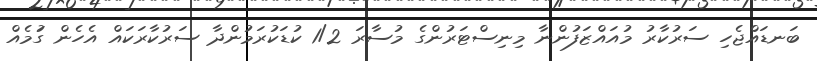
ބަނޑައްޖެހި ސަރުކާރު މުއައްޒަފުންނާ މިނިސްޓަރުންގެ މުސާރަ 1/2 ކުޑަކުރަމުންދާ ސަރުކާރަކައް އެހެން ގަުމެއް